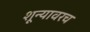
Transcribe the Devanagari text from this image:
शून्यावरच